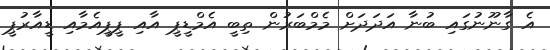
އެ ގާނޫނުގައި ބުނާ އަދަދަށް މެމްބަރުން ތިބީ އެމްޑީޕީ އާއި ޕީޕީއެމާއި ޑީއާރުޕީ